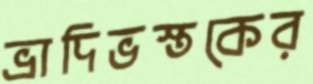
ভ্রাদিভস্তকের